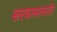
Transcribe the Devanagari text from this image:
सरकामासाठी